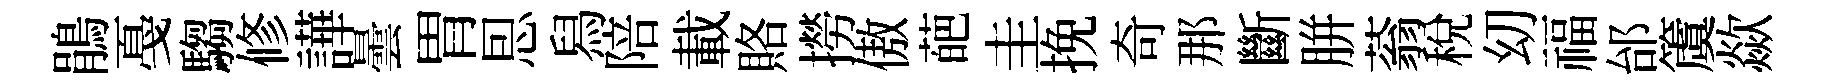
鵑戞騶修譁曇胃㤙舄陪載賂撈傲葩圭挽奇那斷胼蓊税㓜福邰𥵂歘